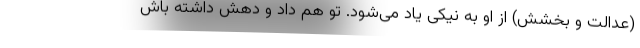
(عدالت و بخشش) از او به نیکی یاد می‌شود. تو هم داد و دهش داشته باش